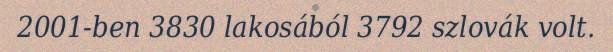
2001-ben 3830 lakosából 3792 szlovák volt.